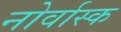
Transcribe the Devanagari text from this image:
नोर्वास्क